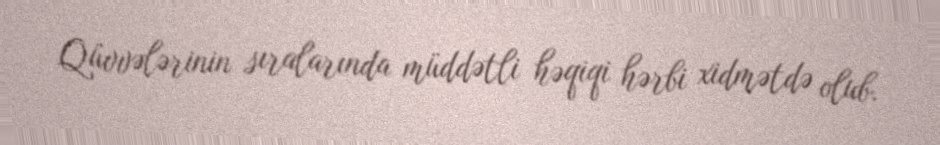
Qüvvələrinin sıralarında müddətli həqiqi hərbi xidmətdə olub.